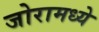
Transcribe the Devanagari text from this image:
जोरामध्ये